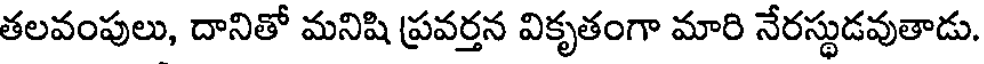
తలవంపులు, దానితో మనిషి ప్రవర్తన వికృతంగా మారి నేరస్థుడవుతాడు.